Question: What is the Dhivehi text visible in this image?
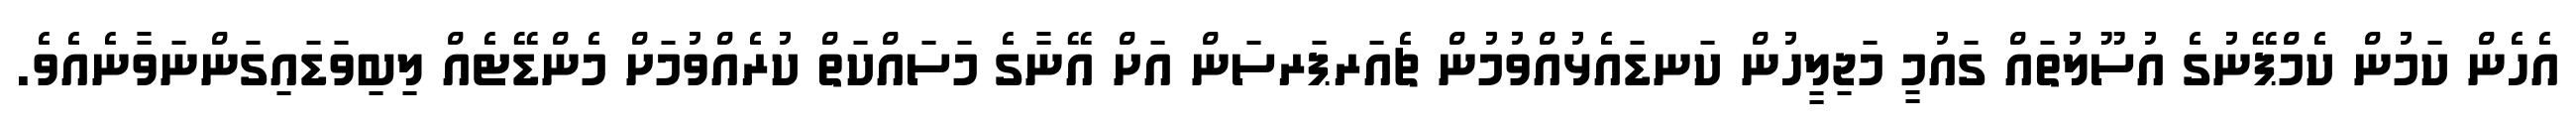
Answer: އެހެން ކަމުން ކެމްޕޭނުގެ އުސޫލުތައް ގައުމީ މަޖިލީހުން ކަނޑައެޅުއްވުމުން ޗެއަރޕަރސަން އަށް އޭނާގެ މަސައްކަތް ކުރެއްވުމަށް މެންޑޭޓެއް ލިބިވަޑައިގަންނަވާނެއެވެ.